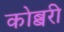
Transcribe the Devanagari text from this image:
कोब्बरी